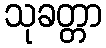
သုခတ္တာ